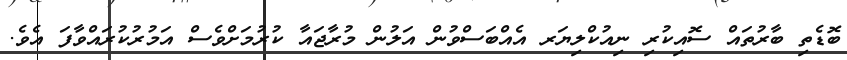
ބޮޑެތި ބާރުތައް ސޮއިކުރި ނިއުކްލިޔަރ އެއްބަސްވުން އަލުން މުރާޖައާ ކުރުމަށްވެސް އަމުރުކުރައްވާފަ އެވެ.